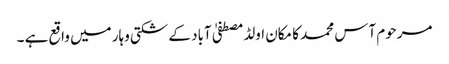
مرحوم آس محمد کا مکان اولڈمصطفیٰ آباد کے شکتی وہار میں واقع ہے ۔